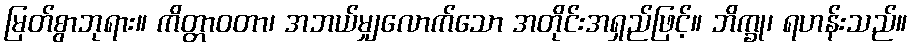
မြတ်စွာဘုရား။ ကိတ္တာဝတာ၊ အဘယ်မျှလောက်သော အတိုင်းအရှည်ဖြင့်။ ဘိက္ခု၊ ရဟန်းသည်။